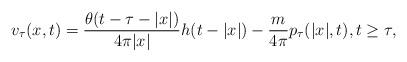
LaTeX: \begin{align*}v_\tau(x,t)=\frac{\theta(t-\tau-|x|)}{4\pi|x|}h(t-|x|)-\frac{m}{4\pi}p_\tau(|x|,t),t\ge \tau,\end{align*}